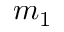
m _ { 1 }